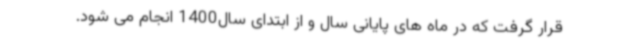
قرار گرفت که در ماه های پایانی سال و از ابتدای سال1400 انجام می شود.